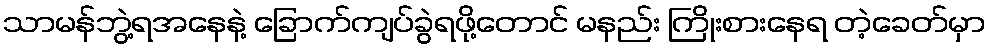
သာမန်ဘွဲ့ရအနေနဲ့ ခြောက်ကျပ်ခွဲရဖို့တောင် မနည်း ကြိုးစားနေရ တဲ့ခေတ်မှာ